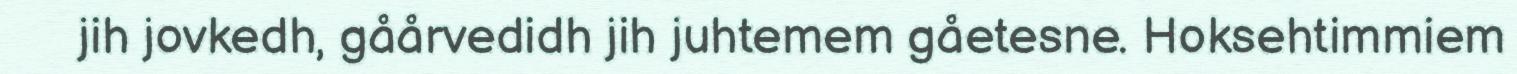
jih jovkedh, gåårvedidh jih juhtemem gåetesne. Hoksehtimmiem